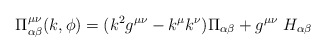
\begin{align*}\Pi^{\mu\nu}_{\alpha\beta}(k,\phi )=(k^2g^{\mu\nu}-k^\mu k^\nu)\Pi_{\alpha\beta} + g^{\mu\nu}\ H_{\alpha\beta}\end{align*}